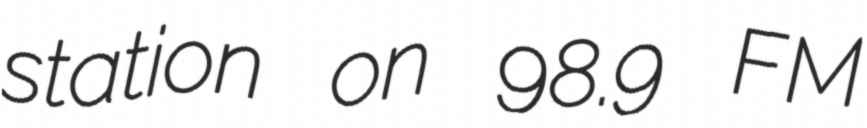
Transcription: station on 98.9 FM